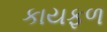
કાયફળ